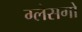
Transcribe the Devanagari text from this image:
ग्लेसगो